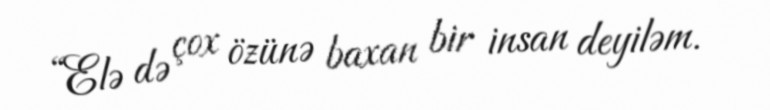
“Elə də çox özünə baxan bir insan deyiləm.